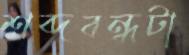
শব্দবন্ধটা